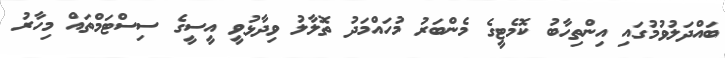
ބައްދަލުވުމުގައި އިންތިހާބު ކޮމެޓީގެ މެންބަރު މުހައްމަދު ތޮލާލު ވިދާޅުވީ އީސީގެ ސިސްޓަމްތައް މިހާރު